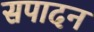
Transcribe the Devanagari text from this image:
सपादन